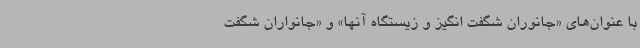
با عنوان‌های «جانوران شگفت انگیز و زیستگاه آنها» و «جانواران شگفت